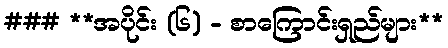
### **အပိုင်း (၆) - စာကြောင်းရှည်များ**